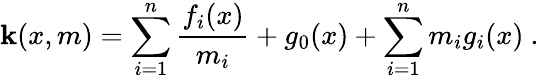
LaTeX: \mathbf{k}(x,m)=\sum_{i=1}^{n}\frac{{f_{i}(x)}}{{m_{i}}}+g_{0}(x)+\sum_{i=1}^{n}m_{i}g_{i}(x)\ .